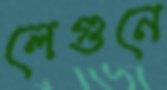
লেগুনে